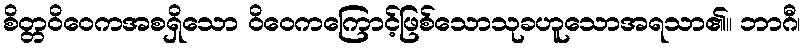
စိတ္တဝိဝေကအစရှိသော ဝိဝေကကြောင့်ဖြစ်သောသုခဟူသောအရသာ၏။ ဘာဂီ၊